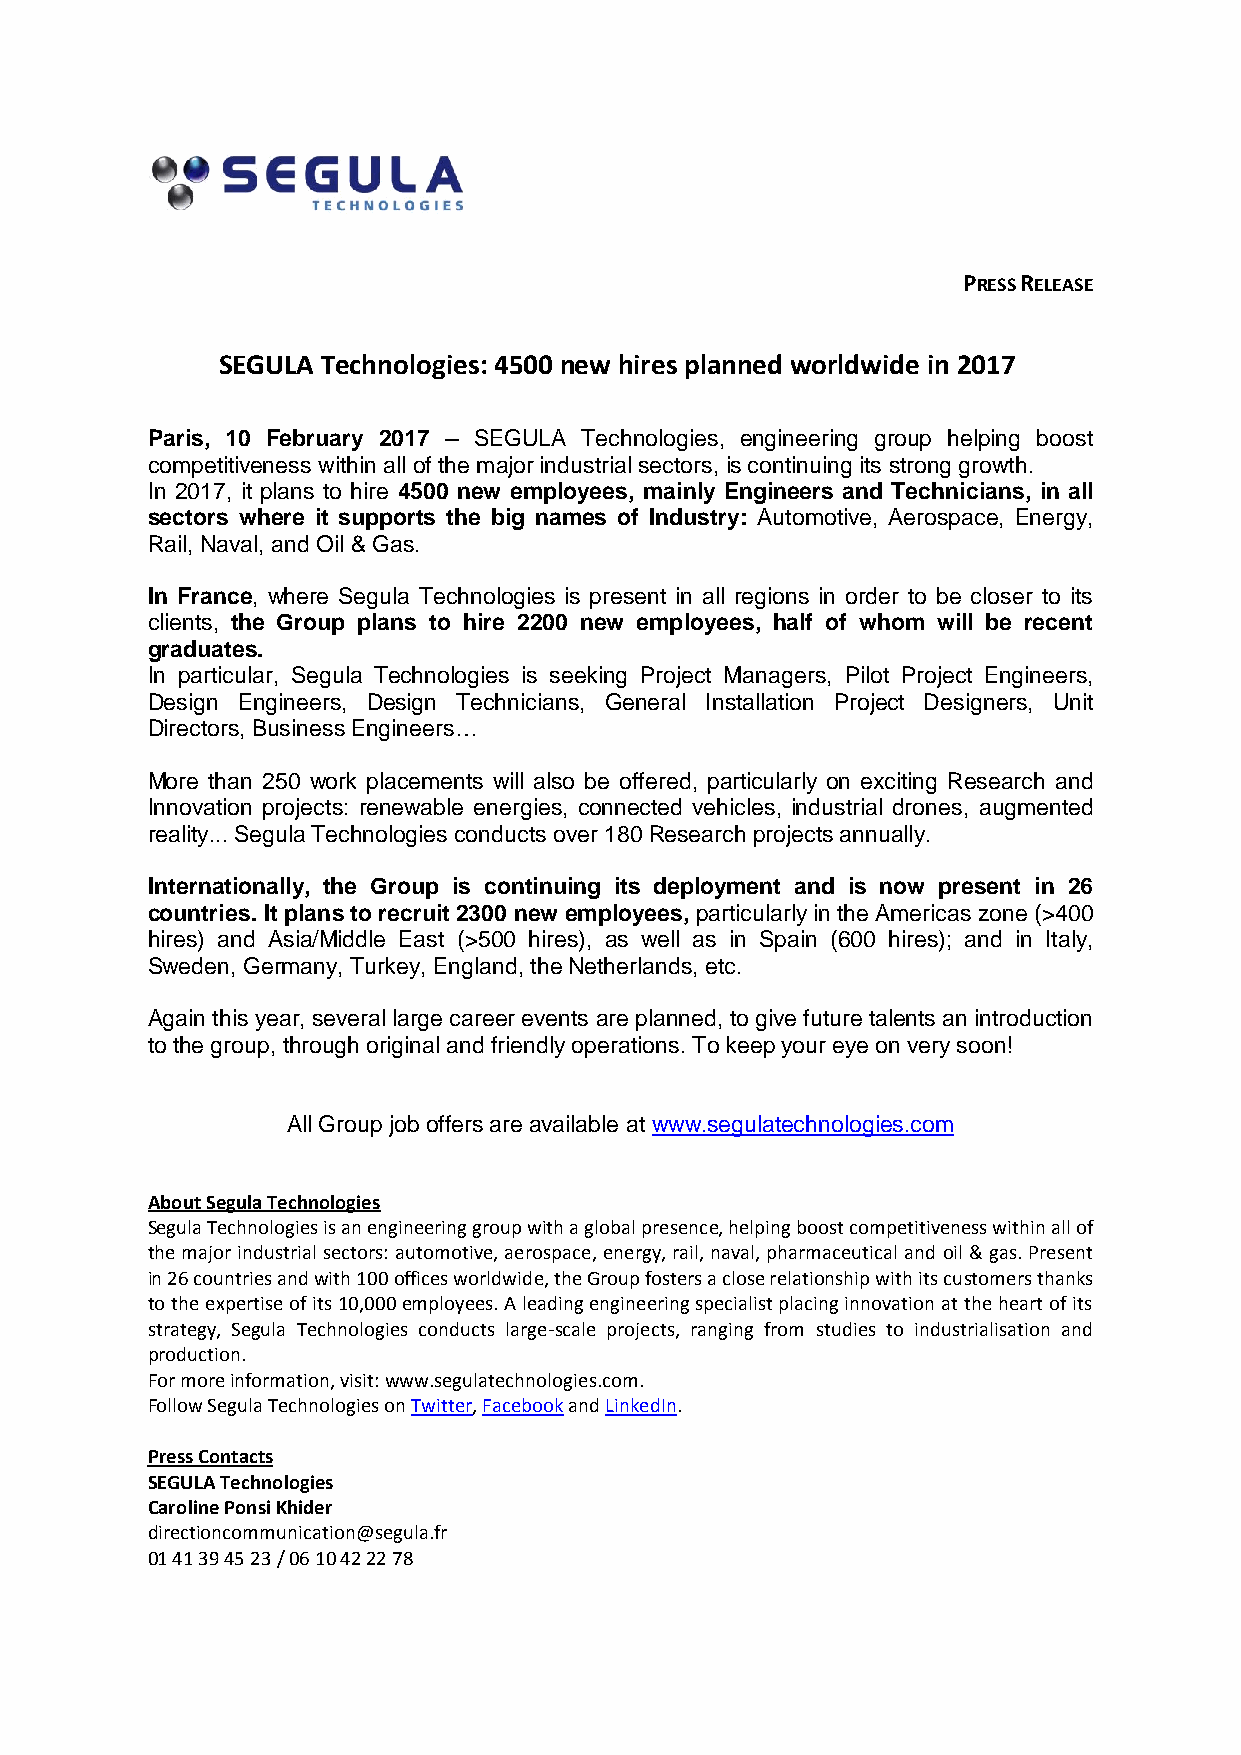
PRESS RELEASE
 SEGULA Technologies: 4500 new hires planned worldwide in 2017
 Paris, 10 February 2017 – SEGULA Technologies, engineering group helping boost
 competitiveness within all of the major industrial sectors, is continuing its strong growth.
 In 2017, it plans to hire 4500 new employees, mainly Engineers and Technicians, in all
 sectors where it supports the big names of Industry: Automotive, Aerospace, Energy,
 Rail, Naval, and Oil & Gas.
 In France, where Segula Technologies is present in all regions in order to be closer to its
 clients, the Group plans to hire 2200 new employees, half of whom will be recent
 graduates.
 In particular, Segula Technologies is seeking Project Managers, Pilot Project Engineers,
 Design Engineers, Design Technicians, General Installation Project Designers, Unit
 Directors, Business Engineers…
 More than 250 work placements will also be offered, particularly on exciting Research and
 Innovation projects: renewable energies, connected vehicles, industrial drones, augmented
 reality... Segula Technologies conducts over 180 Research projects annually.
 Internationally, the Group is continuing its deployment and is now present in 26
 countries. It plans to recruit 2300 new employees, particularly in the Americas zone (>400
 hires) and Asia/Middle East (>500 hires), as well as in Spain (600 hires); and in Italy,
 Sweden, Germany, Turkey, England, the Netherlands, etc.
 Again this year, several large career events are planned, to give future talents an introduction
 to the group, through original and friendly operations. To keep your eye on very soon!
 All Group job offers are available at www.segulatechnologies.com
 About Segula Technologies
 Segula Technologies is an engineering group with a global presence, helping boost competitiveness within all of
 the major industrial sectors: automotive, aerospace, energy, rail, naval, pharmaceutical and oil & gas. Present
 in 26 countries and with 100 offices worldwide, the Group fosters a close relationship with its customers thanks
 to the expertise of its 10,000 employees. A leading engineering specialist placing innovation at the heart of its
 strategy, Segula Technologies conducts large-scale projects, ranging from studies to industrialisation and
 production.
 For more information, visit: www.segulatechnologies.com.
 Follow Segula Technologies on Twitter, Facebook and LinkedIn.
 Press Contacts
 SEGULA Technologies
 Caroline Ponsi Khider
 directioncommunication@segula.fr
 01 41 39 45 23 / 06 10 42 22 78